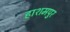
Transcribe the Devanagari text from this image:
हाशमपुर